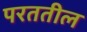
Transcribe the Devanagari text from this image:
परततील